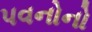
પવનોનો